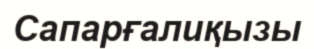
Сапарғалиқызы